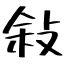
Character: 敍